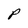
Character: P